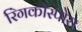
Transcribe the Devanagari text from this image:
रिंगकॉस्पोरा